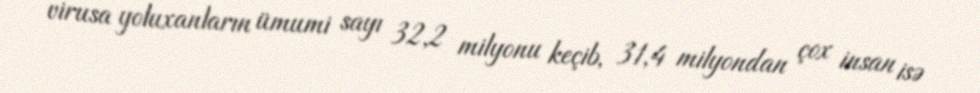
virusa yoluxanların ümumi sayı 32,2 milyonu keçib, 31,4 milyondan çox insan isə